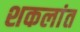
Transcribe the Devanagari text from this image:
शकलांत